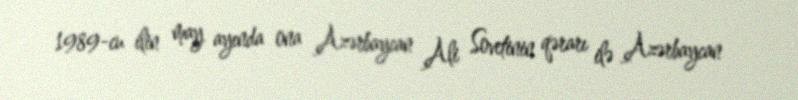
1989-cu ilin may ayında ona Azərbaycan Ali Sovetinin qərarı ilə Azərbaycan